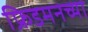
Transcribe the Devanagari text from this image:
फ्रिडमनच्या